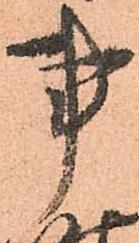
事